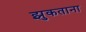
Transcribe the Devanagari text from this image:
झुकताना